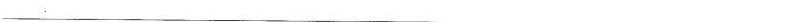
___